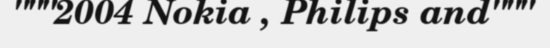
"""2004 Nokia , Philips and"""